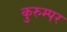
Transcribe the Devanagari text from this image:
कुरुम्पर